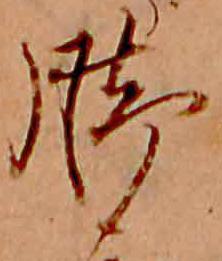
脚